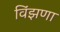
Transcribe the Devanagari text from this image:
विंझणा